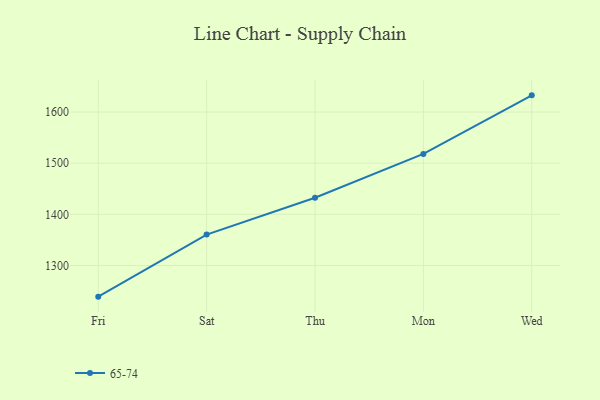
{"axis": {"x": "Day", "y": "Satisfaction Score"}, "legend": ["65-74"], "data": [{"x": "Fri", "y": 1239.1, "type": "65-74"}, {"x": "Sat", "y": 1360.5, "type": "65-74"}, {"x": "Thu", "y": 1432.5, "type": "65-74"}, {"x": "Mon", "y": 1518.1, "type": "65-74"}, {"x": "Wed", "y": 1632.6, "type": "65-74"}]}